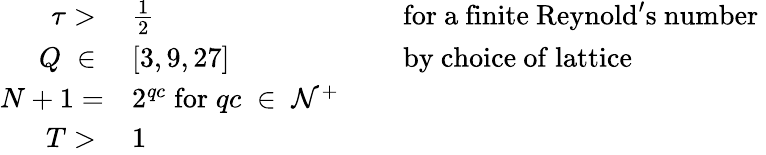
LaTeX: \begin{array}{rlrl}{\tau>\; }&{\frac{1}{2}}&{\; }&{\mathrm{for~a~finite~Reynold's~number~}}\\ {Q\; \in\; }&{[3,9,27]}&{\; }&{\mathrm{by~choice~of~lattice}}\\ {N+1=}&{2^{qc}\; \mathrm{for}\; qc\; \in\; \mathcal{N}^{+}}\\ {T>\; }&{1}\end{array}